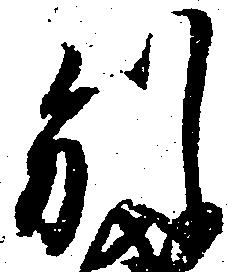
別